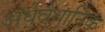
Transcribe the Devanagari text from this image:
अर्धवैधानिक